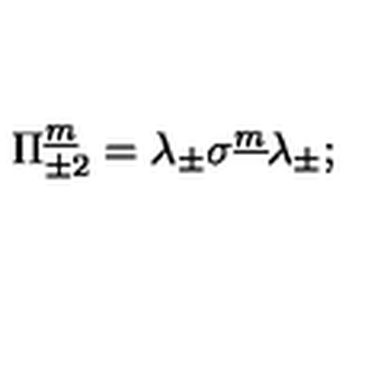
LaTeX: \Pi _ { \pm 2 } ^ { \underline { m } } = \lambda _ { \pm } \sigma ^ { \underline { m } } \lambda _ { \pm } ;